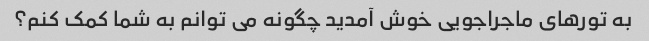
به تورهای ماجراجویی خوش آمدید چگونه می توانم به شما کمک کنم؟